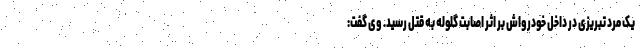
یک مرد تبریزی در داخل خودرواش بر اثر اصابت گلوله به قتل رسید. وی گفت: